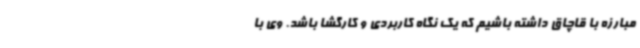
مبارزه با قاچاق داشته باشیم که یک نگاه کاربردی و کارگشا باشد. وی با